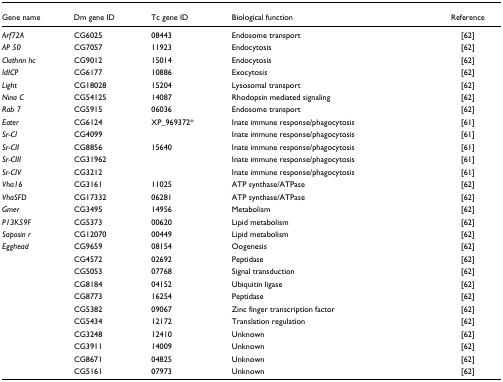
<table><thead><tr><td><b>Gene name</b></td><td><b>Dm gene ID</b></td><td><b>Tc gene ID</b></td><td><b>Biological function</b></td><td><b>Reference</b></td></tr></thead><tbody><tr><td><i>Arf72A</i></td><td>CG6025</td><td>08443</td><td>Endosome transport</td><td>[62]</td></tr><tr><td><i>AP 50</i></td><td>CG7057</td><td>11923</td><td>Endocytosis</td><td>[62]</td></tr><tr><td><i>Clathrin hc</i></td><td>CG9012</td><td>15014</td><td>Endocytosis</td><td>[62]</td></tr><tr><td><i>IdICP</i></td><td>CG6177</td><td>10886</td><td>Exocytosis</td><td>[62]</td></tr><tr><td><i>Light</i></td><td>CG18028</td><td>15204</td><td>Lysosomal transport</td><td>[62]</td></tr><tr><td><i>Nina C</i></td><td>CG54125</td><td>14087</td><td>Rhodopsin mediated signaling</td><td>[62]</td></tr><tr><td><i>Rab 7</i></td><td>CG5915</td><td>06036</td><td>Endosome transport</td><td>[62]</td></tr><tr><td><i>Eater</i></td><td>CG6124</td><td>XP_969372*</td><td>Inate immune response/phagocytosis</td><td>[61]</td></tr><tr><td><i>Sr-CI</i></td><td>CG4099</td><td></td><td>Inate immune response/phagocytosis</td><td>[61]</td></tr><tr><td><i>Sr-CII</i></td><td>CG8856</td><td>15640</td><td>Inate immune response/phagocytosis</td><td>[61]</td></tr><tr><td><i>Sr-CIII</i></td><td>CG31962</td><td></td><td>Inate immune response/phagocytosis</td><td>[61]</td></tr><tr><td><i>Sr-CIV</i></td><td>CG3212</td><td></td><td>Inate immune response/phagocytosis</td><td>[61]</td></tr><tr><td><i>Vha16</i></td><td>CG3161</td><td>11025</td><td>ATP synthase/ATPase</td><td>[62]</td></tr><tr><td><i>VhaSFD</i></td><td>CG17332</td><td>06281</td><td>ATP synthase/ATPase</td><td>[62]</td></tr><tr><td><i>Gmer</i></td><td>CG3495</td><td>14956</td><td>Metabolism</td><td>[62]</td></tr><tr><td><i>P13K59F</i></td><td>CG5373</td><td>00620</td><td>Lipid metabolism</td><td>[62]</td></tr><tr><td><i>Saposin r</i></td><td>CG12070</td><td>00449</td><td>Lipid metabolism</td><td>[62]</td></tr><tr><td><i>Egghead</i></td><td>CG9659</td><td>08154</td><td>Oogenesis</td><td>[62]</td></tr><tr><td></td><td>CG4572</td><td>02692</td><td>Peptidase</td><td>[62]</td></tr><tr><td></td><td>CG5053</td><td>07768</td><td>Signal transduction</td><td>[62]</td></tr><tr><td></td><td>CG8184</td><td>04152</td><td>Ubiquitin ligase</td><td>[62]</td></tr><tr><td></td><td>CG8773</td><td>16254</td><td>Peptidase</td><td>[62]</td></tr><tr><td></td><td>CG5382</td><td>09067</td><td>Zinc finger transcription factor</td><td>[62]</td></tr><tr><td></td><td>CG5434</td><td>12172</td><td>Translation regulation</td><td>[62]</td></tr><tr><td></td><td>CG3248</td><td>12410</td><td>Unknown</td><td>[62]</td></tr><tr><td></td><td>CG3911</td><td>14009</td><td>Unknown</td><td>[62]</td></tr><tr><td></td><td>CG8671</td><td>04825</td><td>Unknown</td><td>[62]</td></tr><tr><td></td><td>CG5161</td><td>07973</td><td>Unknown</td><td>[62]</td></tr></tbody></table>